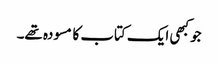
جو کبھی ایک کتاب کا مسودہ تھے۔